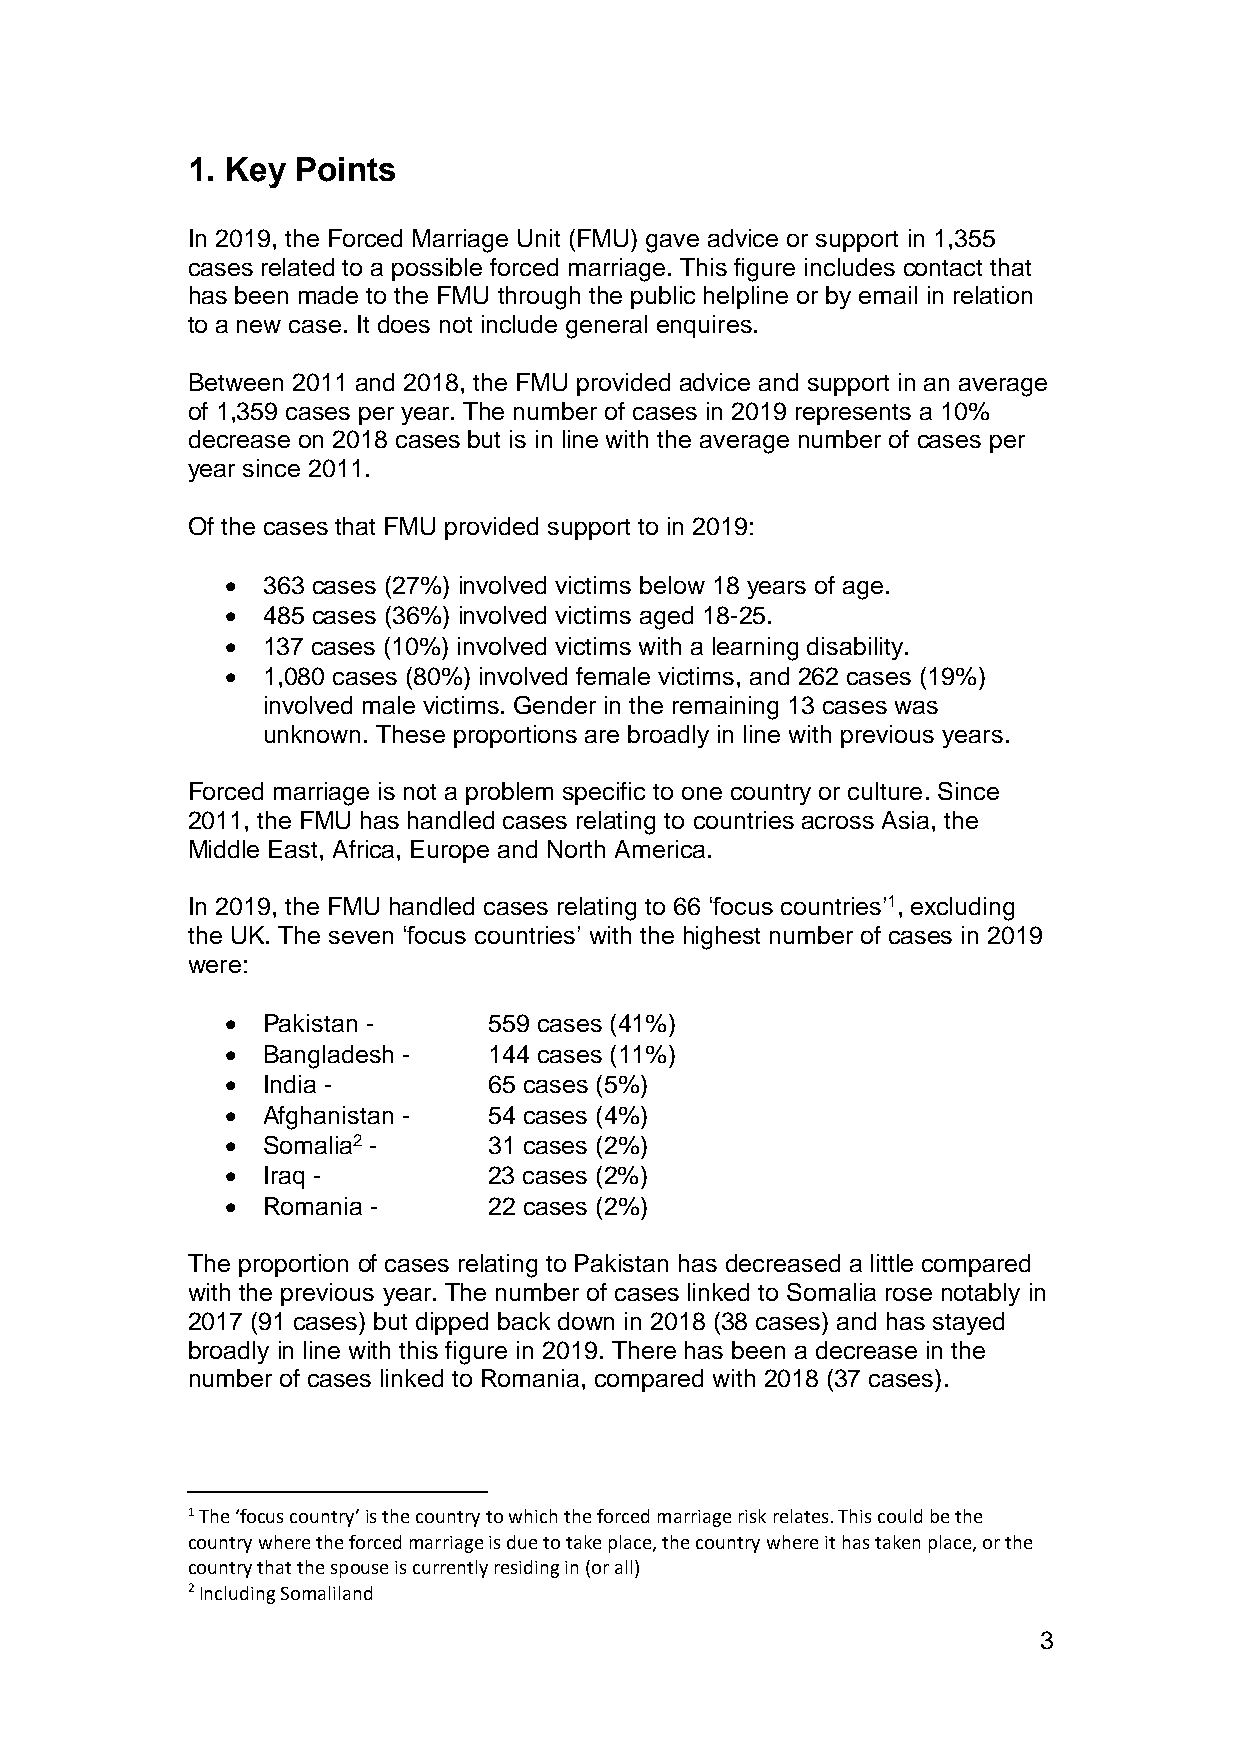
1. Key  Points
 In 2019, the Forced Marriage Unit (FMU) gave advice or support in 1,355
 cases related to a possible forced marriage. This figure includes contact that
 has been made to the FMU through the public helpline or by email in relation
 to a new case. It does not include general enquires.
 Between 2011 and 2018, the FMU provided advice and support in an average
 of 1,359 cases per year. The number of cases in 2019 represents a 10%
 decrease on 2018 cases but is in line with the average number of cases per
 year since 2011.
 Of the cases that FMU provided support to in 2019:
 • 363 cases (27%) involved victims below 18 years of age.
 • 485 cases (36%) involved victims aged 18-25.
 • 137 cases (10%) involved victims with a learning disability.
 • 1,080 cases (80%) involved female victims, and 262 cases (19%)
 involved male victims. Gender in the remaining 13 cases was
 unknown. These proportions are broadly in line with previous years.
 Forced marriage is not a problem specific to one country or culture. Since
 2011, the FMU has handled cases relating to countries across Asia, the
 Middle East, Africa, Europe and North America.
 In 2019, the FMU handled cases relating to 66 ‘focus countries’1, excluding
 the UK. The seven ‘focus countries’ with the highest number of cases in 2019
 were:
 • Pakistan -     559 cases (41%)
 • Bangladesh -   144 cases (11%)
 • India -        65 cases (5%)
 • Afghanistan -  54 cases (4%)
 • Somalia2 -     31 cases (2%)
 • Iraq -         23 cases (2%)
 • Romania -      22 cases (2%)
 The proportion of cases relating to Pakistan has decreased a little compared
 with the previous year. The number of cases linked to Somalia rose notably in
 2017 (91 cases) but dipped back down in 2018 (38 cases) and has stayed
 broadly in line with this figure in 2019. There has been a decrease in the
 number of cases linked to Romania, compared with 2018 (37 cases).
 1 The ‘focus country’ is the country to which the forced marriage risk relates. This could be the
 country where the forced marriage is due to take place, the country where it has taken place, or the
 country that the spouse is currently residing in (or all)
 2 Including Somaliland
 3